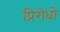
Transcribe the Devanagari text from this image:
प्रिरोधों